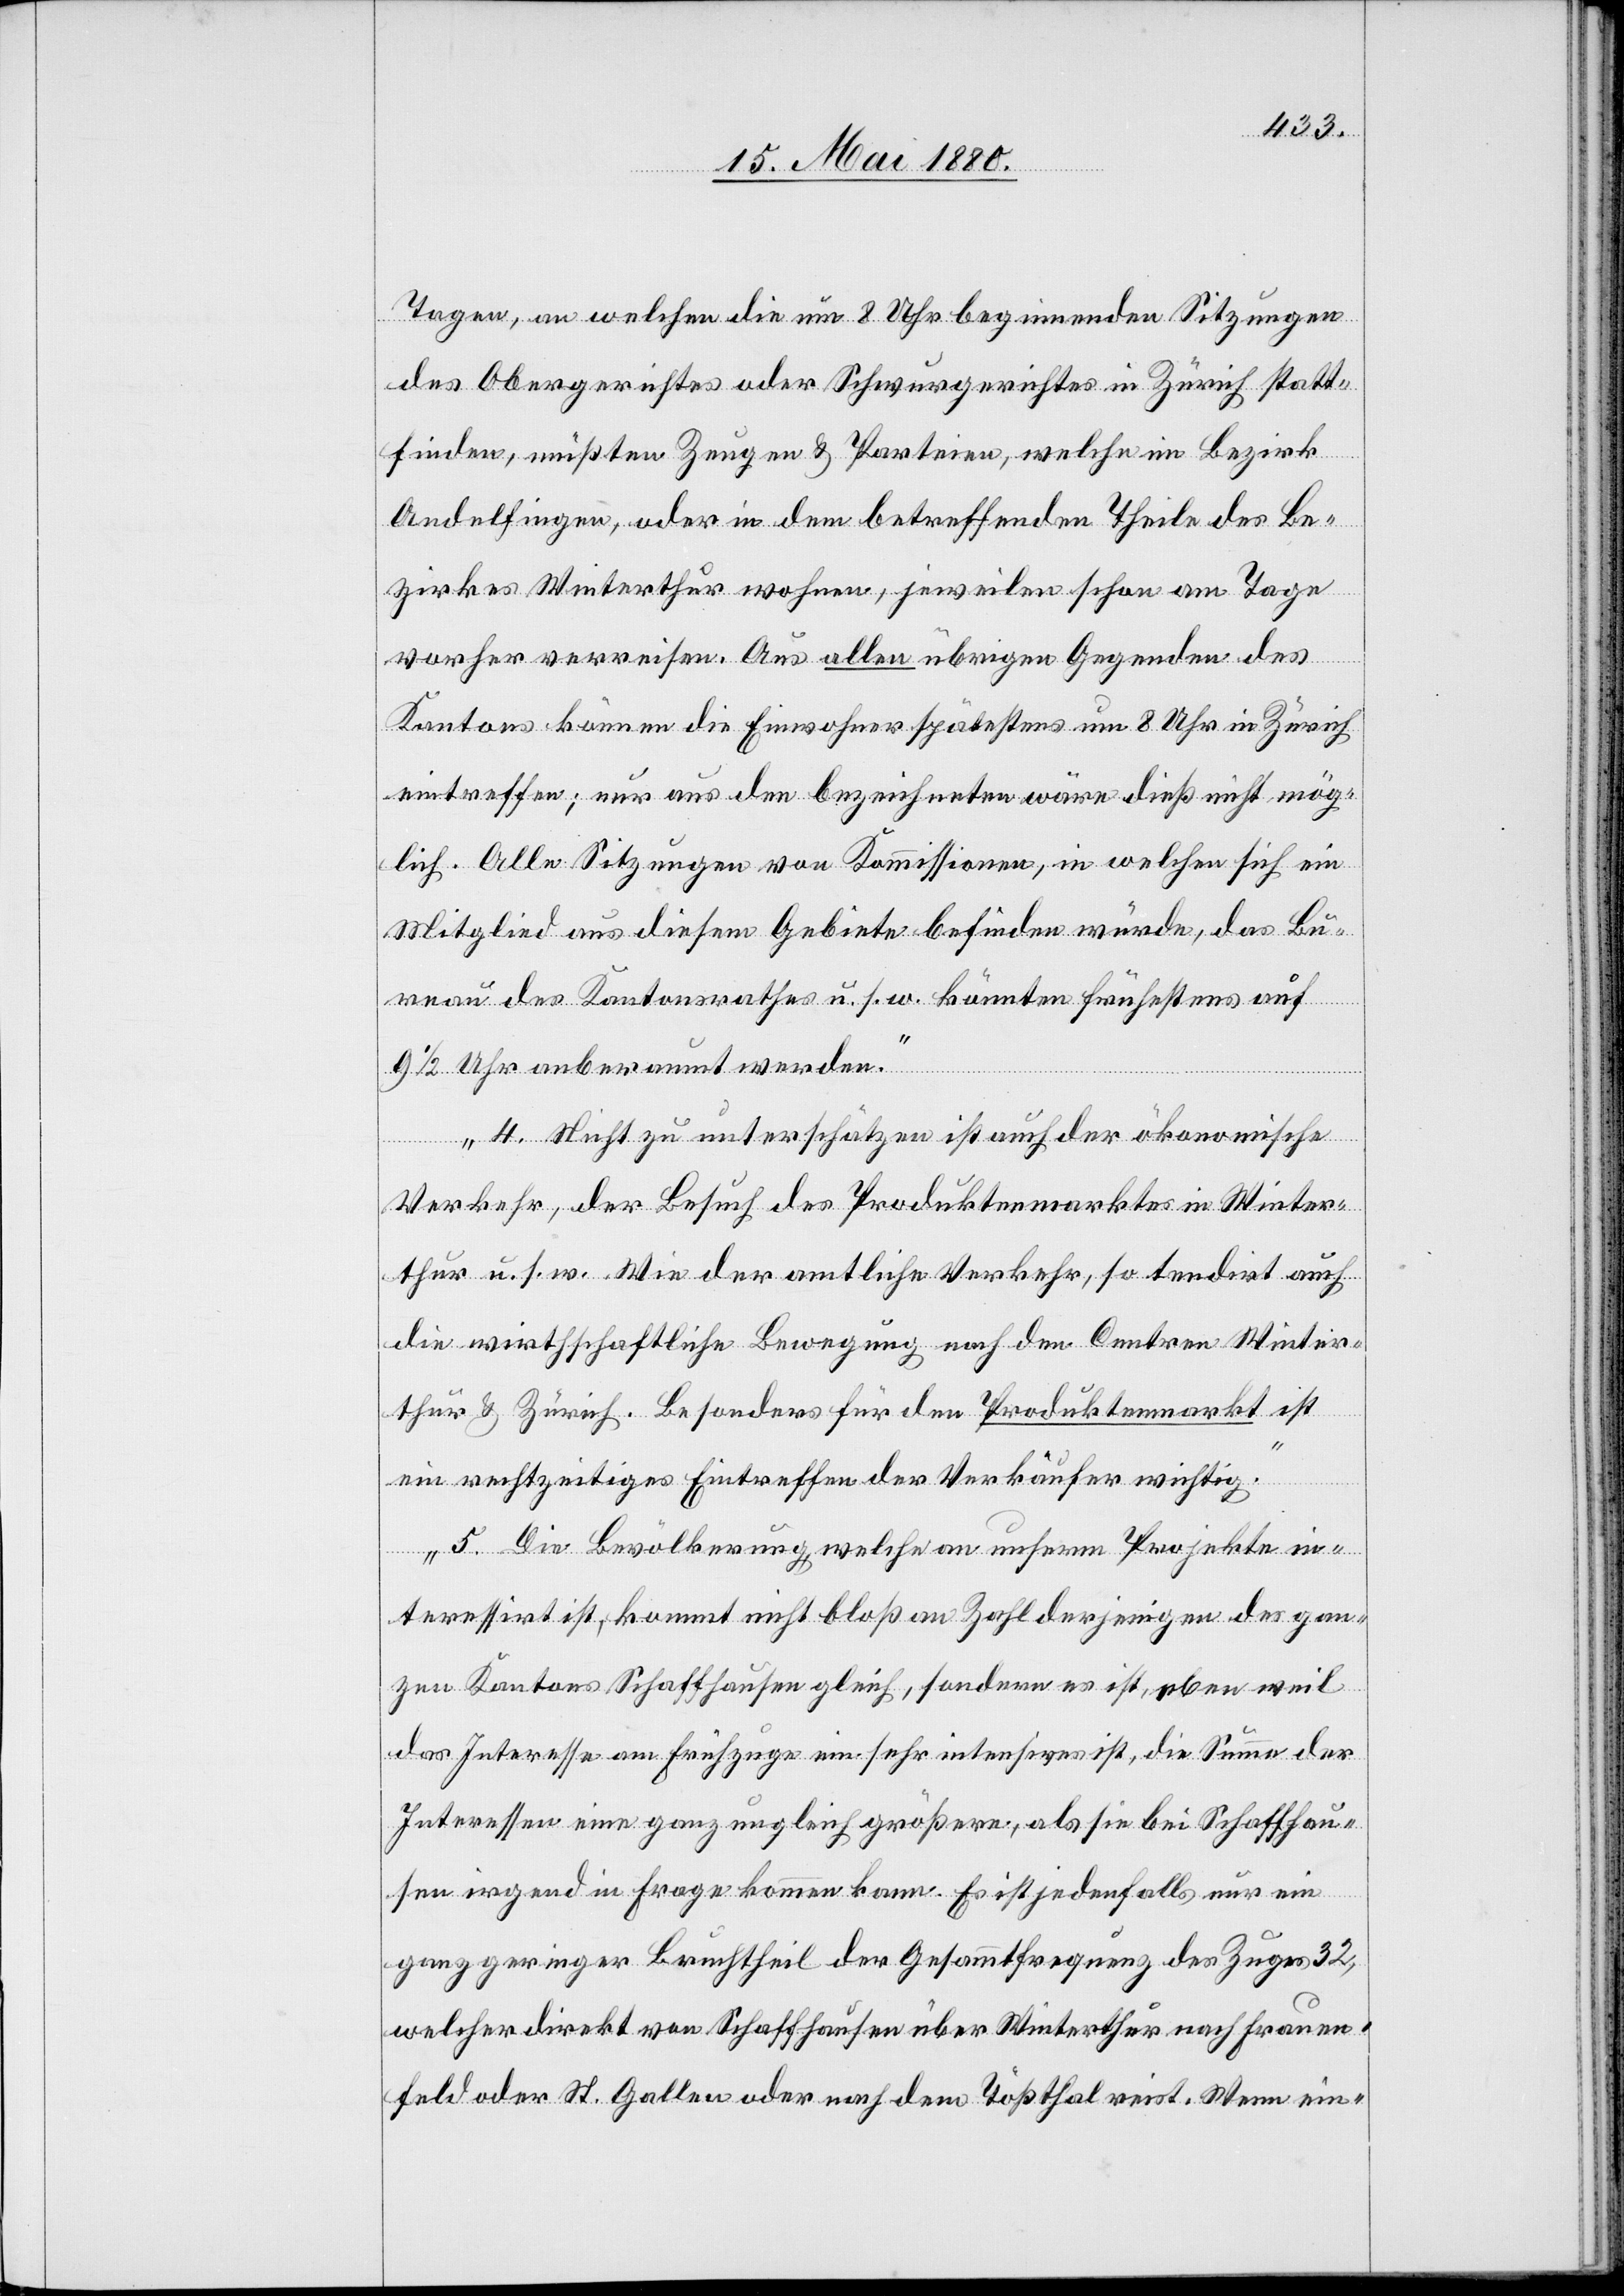
Tagen, an welchen die um 8 Uhr beginnenden Sitzungen
des Obergerichtes oder Schwurgerichtes in Zürich statt¬
finden, müßten Zeugen & Parteien, welche im Bezirk
Andelfingen, oder in dem betreffenden Theile des Be¬
zirkes Winterthur wohnen, jeweilen schon am Tage
vorher verreisen. Aus allen übrigen Gegenden des
Kantons können die Einwohner spätestens um 8 Uhr in Zürich
eintreffen; nur aus den bezeichneten wäre dieß nicht mög¬
lich. Alle Sitzungen von Kommissionen, in welchen sich ein
Mitglied aus diesem Gebiete befinden würde, das Bu¬
reau des Kantonsrathes u. s. w. könnten frühestens auf
91/2 Uhr anberaumt werden.
4. Nicht zu unterschätzen ist auch der ökonomische
Verkehr, der Besuch des Produktenmarktes in Winter¬
thur u. s. w. Wie der amtliche Verkehr, so tendirt auch
die wirthschaftliche Bewegung nach den Centren Winter¬
thur & Zürich. Besonders für den Produktenmarkt ist
ein rechtzeitiges Eintreffen der Verkäufer wichtig.
5. Die Bevölkerung welche an unserm Projekte in¬
teressirt ist, kommt nicht bloß an Zahl derjenigen des gan¬
zen Kantons Schaffhausen gleich, sondern es ist, eben weil
das Interesse am Frühzuge ein sehr intensives ist, die Summe der
Interessen eine ganz ungleich größere als sie bei Schaffhau¬
sen irgend in Frage kommen kann. Es ist jedenfalls nur ein
ganz geringer Bruchtheil der Gesammtfrequenz des Zuges 32,
welcher direkt von Schaffhausen über Winterthur nach Frauen¬
feld oder St. Gallen oder nach dem Tößthal reist. Wenn ein-